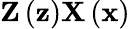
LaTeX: \mathbf{Z}\left(\mathbf{z}\right)\mathbf{X}\left(\mathbf{x}\right)